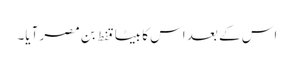
اس کے بعد اس کا بیٹا قفط بن مصر آیا۔